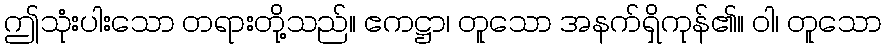
ဤသုံးပါးသော တရားတို့သည်။ ဧကဋ္ဌာ၊ တူသော အနက်ရှိကုန်၏။ ဝါ၊ တူသော